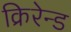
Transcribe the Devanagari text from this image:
क्रिरेन्ड